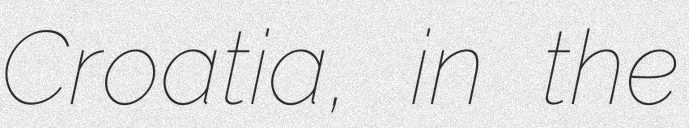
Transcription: Croatia, in the